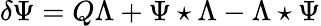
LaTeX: \delta\Psi=Q\Lambda+\Psi\star\Lambda-\Lambda\star\Psi